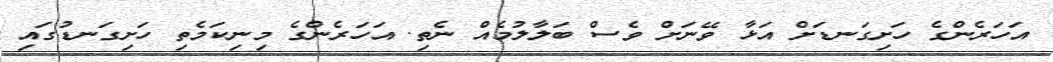
އަހަރެންގެ ހަށިގަނޑަށް އަޅާ ވޭނަށް ވެސް ބަލާލުމެއް ނެތި. އަހަރެންގެ މިނިކަމެތި ހަށިގަނޑުގައި